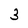
Character: 3